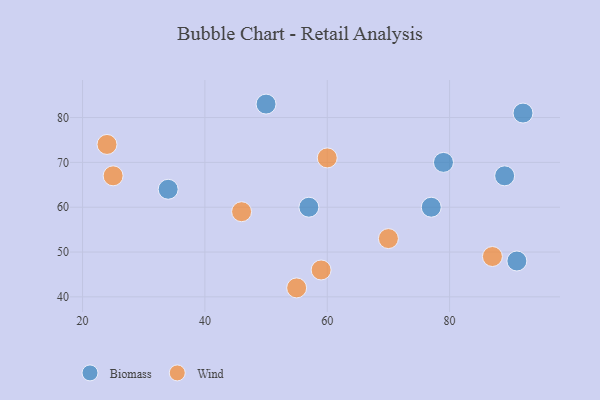
{"axis": {"x": "GDP", "y": "Life Expectancy"}, "legend": ["Biomass", "Wind"], "data": [{"x": "79", "y": 70, "type": "Biomass"}, {"x": "92", "y": 81, "type": "Biomass"}, {"x": "91", "y": 48, "type": "Biomass"}, {"x": "34", "y": 64, "type": "Biomass"}, {"x": "89", "y": 67, "type": "Biomass"}, {"x": "57", "y": 60, "type": "Biomass"}, {"x": "50", "y": 83, "type": "Biomass"}, {"x": "77", "y": 60, "type": "Biomass"}, {"x": "59", "y": 46, "type": "Wind"}, {"x": "60", "y": 71, "type": "Wind"}, {"x": "55", "y": 42, "type": "Wind"}, {"x": "24", "y": 74, "type": "Wind"}, {"x": "70", "y": 53, "type": "Wind"}, {"x": "46", "y": 59, "type": "Wind"}, {"x": "87", "y": 49, "type": "Wind"}, {"x": "25", "y": 67, "type": "Wind"}]}